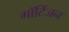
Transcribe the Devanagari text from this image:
गॉटिंजन